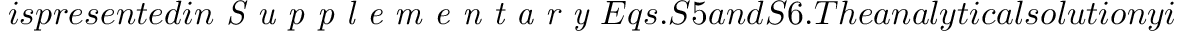
i s p r e s e n t e d i n \emph { S u p p l e m e n t a r y } E q s . S 5 a n d S 6 . T h e a n a l y t i c a l s o l u t i o n y i e l d s s i m i l a r d i s t r i b u t i o n s o f